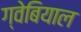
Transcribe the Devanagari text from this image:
ग्वेबियाल